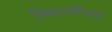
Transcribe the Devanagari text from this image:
निकटवर्तीयांनी